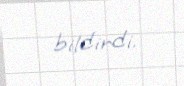
bildirdi.